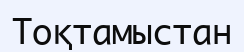
Тоқтамыстан